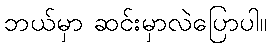
ဘယ်မှာ ဆင်းမှာလဲပြောပါ။